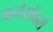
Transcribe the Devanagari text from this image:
फ़्लैटफेंडर्स